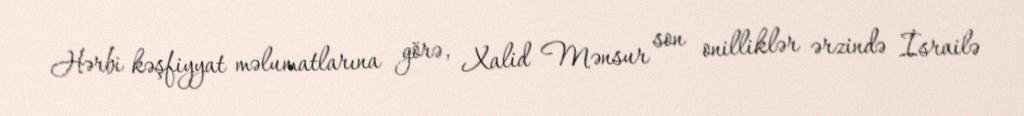
Hərbi kəşfiyyat məlumatlarına görə, Xalid Mənsur son onilliklər ərzində İsrailə